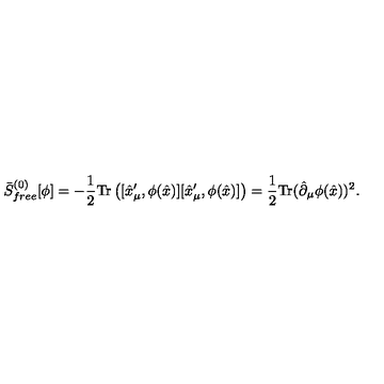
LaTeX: \bar { S } _ { f r e e } ^ { ( 0 ) } [ \phi ] = - { \frac { 1 } { 2 } } \mathrm { T r } \left( [ \hat { x } _ { \mu } ^ { \prime } , \phi ( \hat { x } ) ] [ \hat { x } _ { \mu } ^ { \prime } , \phi ( \hat { x } ) ] \right) = { \frac { 1 } { 2 } } \mathrm { T r } ( \hat { \partial } _ { \mu } \phi ( \hat { x } ) ) ^ { 2 } .